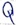
Text: Q